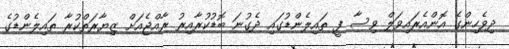
ދިވެހިންގެ އޮންއެރައިވަލް ވިސާ ފީ ތައިލެންޑުގައި ދެގުނަ ބޮޑުކުރާއިރު ރާއްޖެއަށް ޒިޔާރަތްކުރާ ތައިލެންޑުގެ